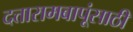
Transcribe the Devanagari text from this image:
दत्तारामबापूंसाठी